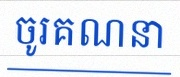
ចូរគណនា